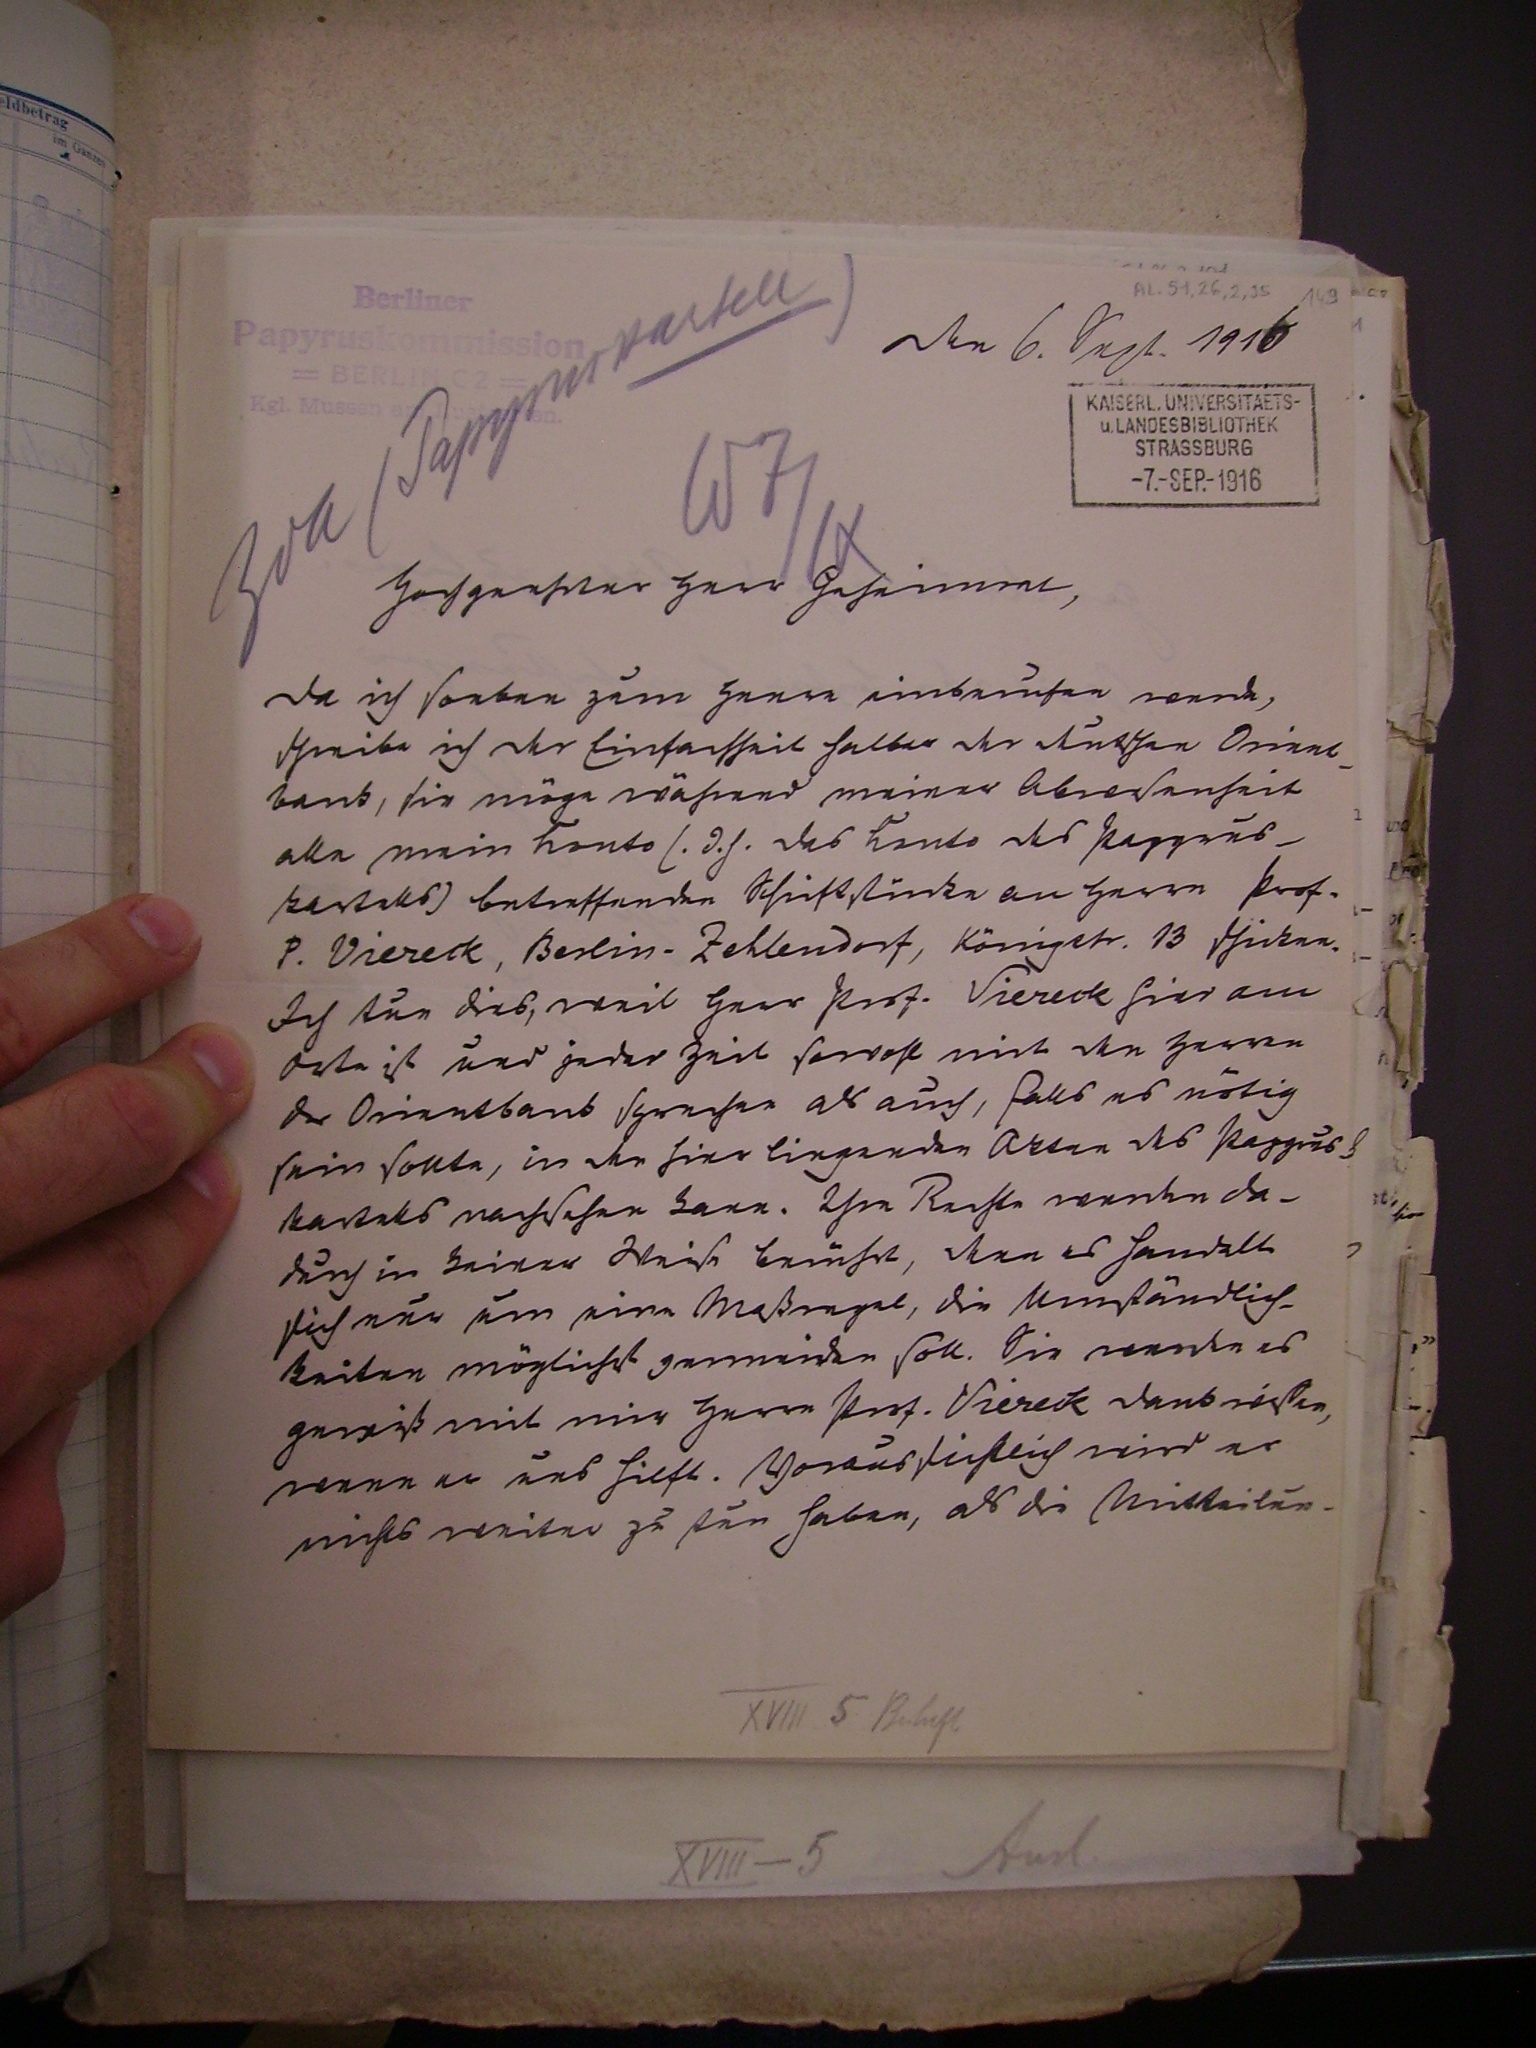
den 6. Sept.1916

Hochgeehrter Herr Geheimrat,
erufen wurde,
shreibe ich der Einfachheit halber der deutchen Orient¬
bank, sie möge während meiner Abwesenheit
alle mein Konto(.d.h das Konto des Papyrus¬
Kartells) betreffenden Schriftstücke an Herrn Prof.
P. Viereck, Berlin-Zehlendorf, Königstr. 13 shicken.
Ich tue dies, weil Herr Prof. Viereck hier am
Orte ist und jeder Zeit sowohl mit den Herren
der Orientbank sprechen als auf, falls es nötig
sein sollte, in die hier liegenden Akten des Papyrus¬
Kartells nachsehen kann. Ihre Rechte werden da¬
durch in keiner Weise berührt, denn es handelt
sich nur um eine Maßregel, die Umständlich¬
keiten möglichst vermeiden soll. Sie werden es
gewiß mit mir Herrn Prof. Viereck Dank wißen
wenn es uns hilft. Voraussichtlich wird er
nichts weiter zu tun haben, als die Mitteilun-